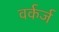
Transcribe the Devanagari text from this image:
वर्कर्ज